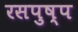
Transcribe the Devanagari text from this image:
रसपुष्प